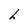
Character: h